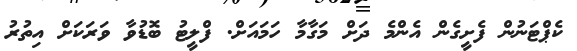
ކެޕްޓަނުން ފެށީގެން އެންމެ ދަށް މަގާމާ ހަމައަށް. ފްލީޓު ބޮޑުވާ ވަރަކަށް އިތުރު